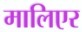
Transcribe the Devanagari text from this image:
मालिएर